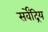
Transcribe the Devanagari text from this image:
सर्वेंद्रिय